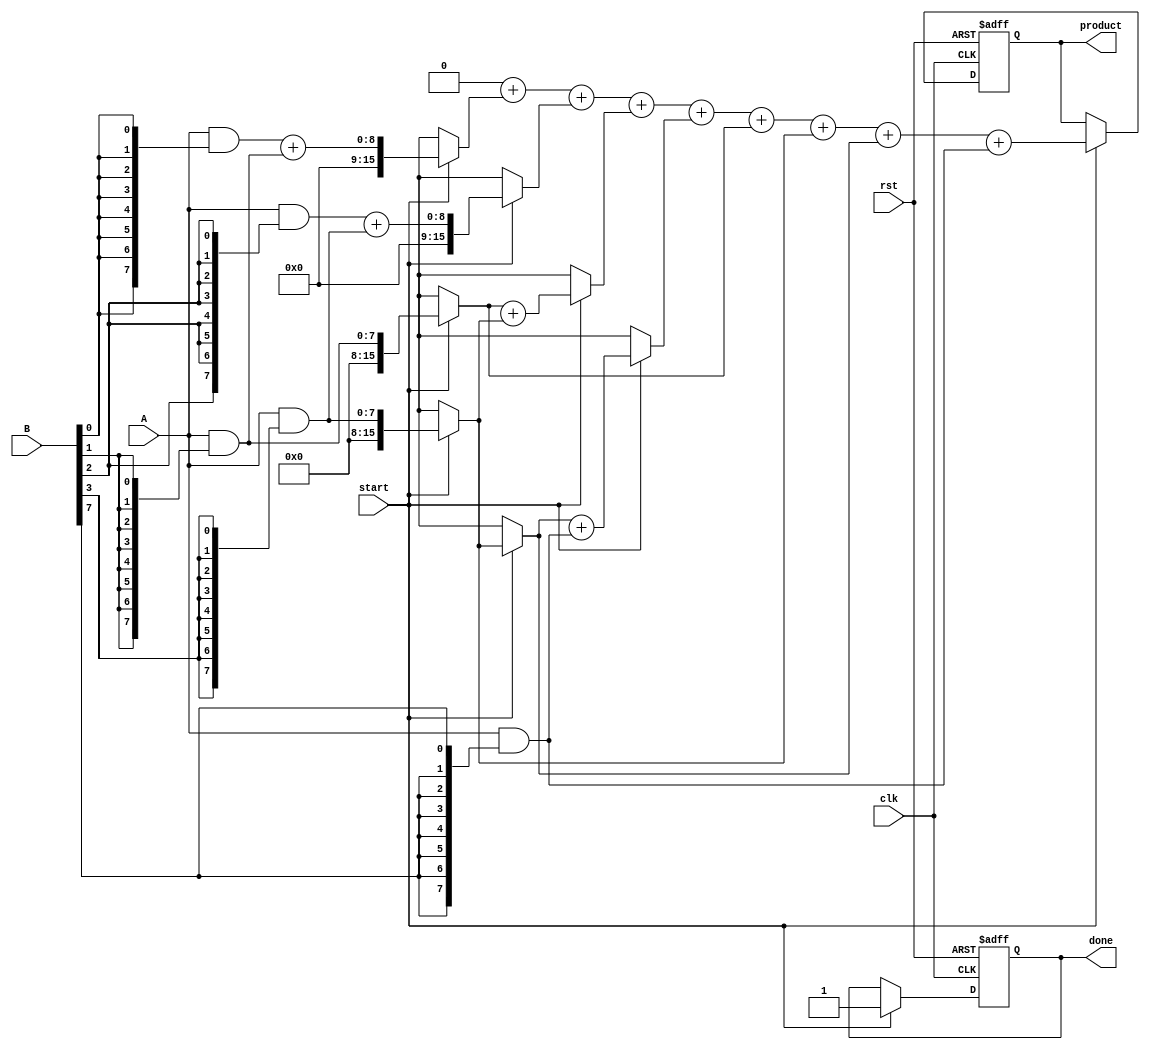
module wallace_tree_multiplier #(
    parameter N = 8 // Bit-width of the inputs
)(
    input wire clk,
    input wire rst,
    input wire [N-1:0] A,
    input wire [N-1:0] B,
    input wire start,
    output reg [2*N-1:0] product,
    output reg done
);

    reg [N-1:0] partial_products [0:N-1];
    reg [2*N-1:0] sum [0:N-1];
    reg [N-1:0] carry [0:N-1];
    reg [N-1:0] pp_temp [0:N-1];
    integer i, j;

    // Generate partial products
    always @(*) begin
        for (i = 0; i < N; i = i + 1) begin
            partial_products[i] = A & {N{B[i]}};
        end
    end

    // Wallace tree reduction
    always @(posedge clk or posedge rst) begin
        if (rst) begin
            product <= 0;
            done <= 0;
        end else if (start) begin
            done <= 0;
            // Initialize sum and carry
            for (i = 0; i < N; i = i + 1) begin
                sum[i] = {1'b0, partial_products[i]};
                carry[i] = 0;
            end
            
            // Combine partial products in a Wallace tree manner
            for (i = 0; i < N-1; i = i + 1) begin
                if (i % 2 == 0) begin
                    {carry[i/2], sum[i/2]} = sum[i] + sum[i+1];
                end else begin
                    sum[i/2 + N/2] = sum[i];
                end
            end

            // Final addition of remaining sums
            product = 0;
            for (i = 0; i < N; i = i + 1) begin
                product = product + sum[i];
            end
            
            done <= 1; // Indicate multiplication is done
        end
    end

endmodule